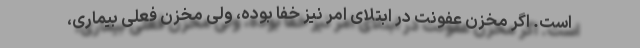
است. اگر مخزن عفونت در ابتلای امر نیز خفا بوده، ولی مخزن فعلی بیماری،